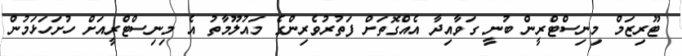
ޓޫރިޒަމް މިނިސްޓްރީން ބުނީ ގަވާއިދާ އެއްގޮތަށް ފަތުރުވެރިންގެ މައުލޫމާތު އެ މިނިސްޓްރީއަށް ހުށަހަަޅަމުން